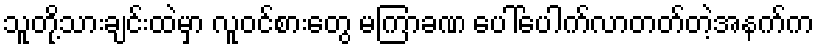
သူတို့သားချင်းထဲမှာ လူဝင်စားတွေ မကြာခဏ ပေါ်ပေါက်လာတတ်တဲ့အနက်က